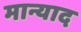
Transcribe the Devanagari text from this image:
मान्याद